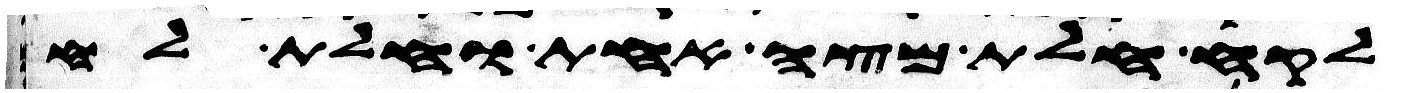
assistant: לקח חלת מצה אחת וחלת לחם